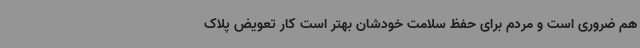
هم ضروری است و مردم برای حفظ سلامت خودشان بهتر است کار تعویض پلاک